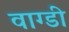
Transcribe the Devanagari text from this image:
वाग्डी